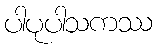
ပါပုပါသကဿ